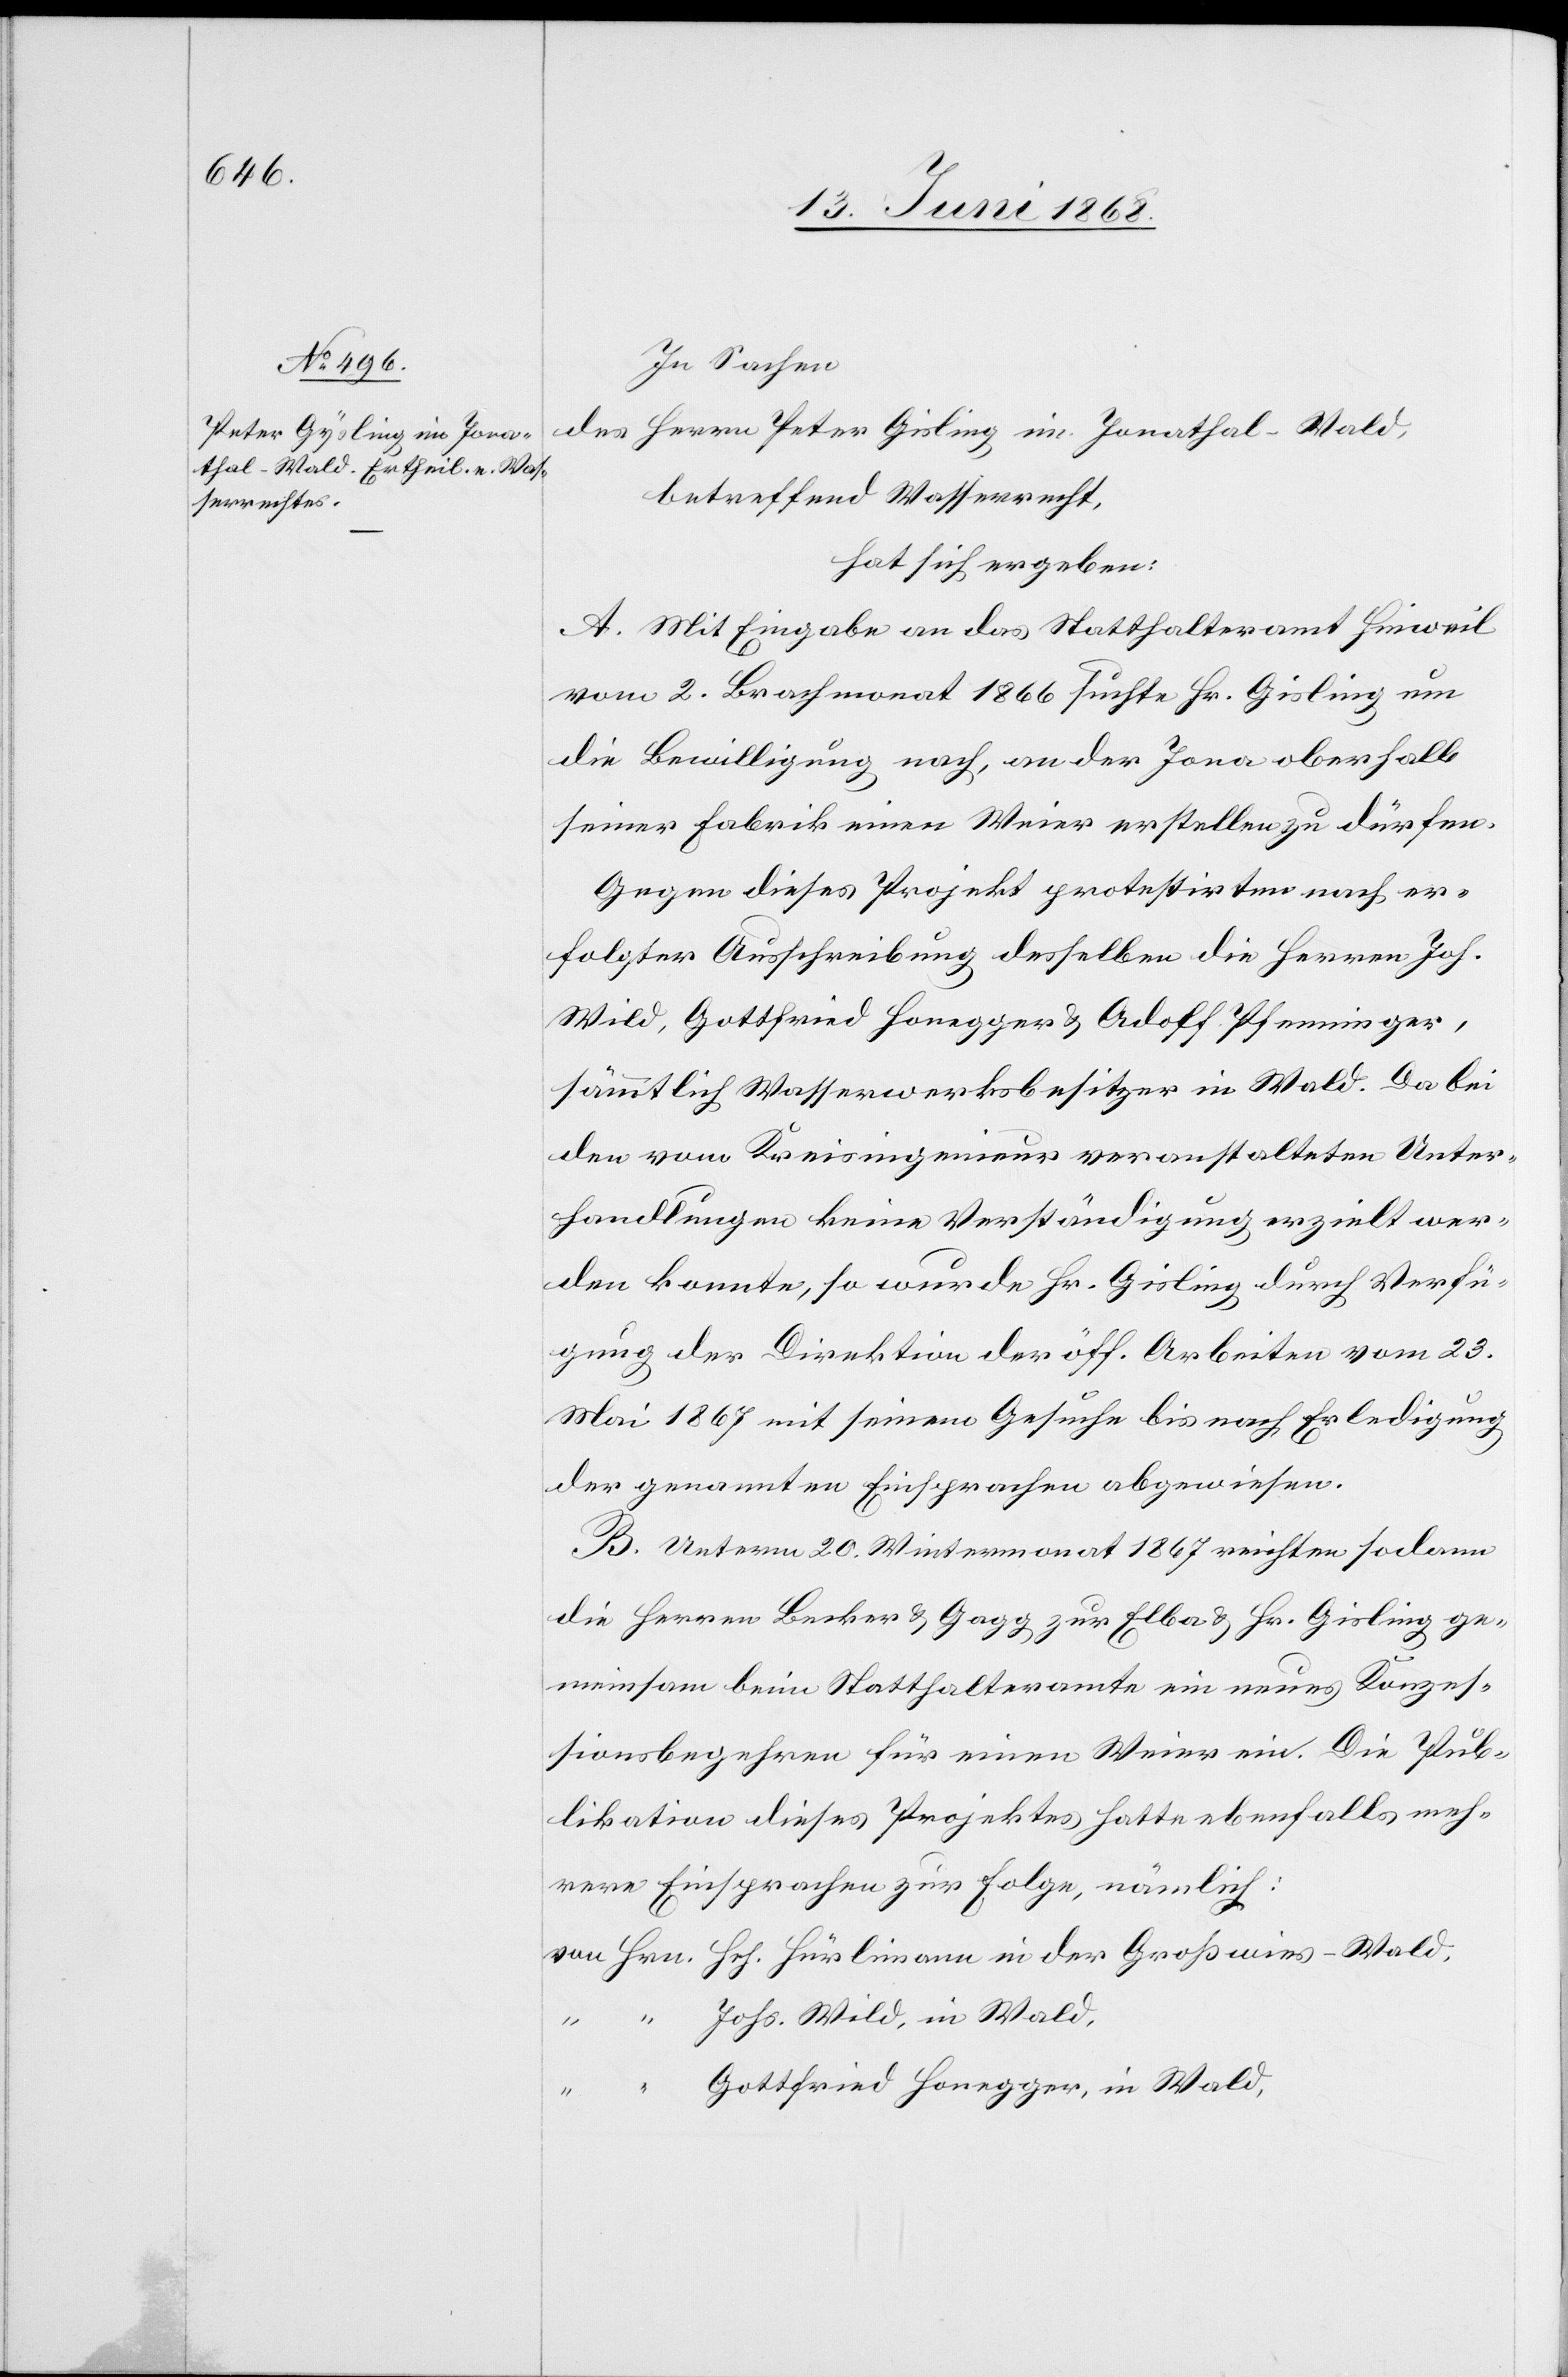
In Sachen
des Herrn Peter Gisling [sic!] im Jonathal-Wald,
betreffend Wasserrecht,
hat sich ergeben:
A. Mit Eingabe an das Statthalteramt Hinweil
vom 2. Brachmonat 1866 suchte Hr. Gisling um
die Bewilligung nach, an der Jona oberhalb
seiner Fabrik einen Weier erstellen zu dürfen.
Gegen dieses Projekt protestirten nach er¬
folgter Ausschreibung desselben die Herren Joh.
Wild, Gottfried Honegger & Adolf Pfenninger,
sämmtlich Wasserwerksbesitzer in Wald. Da bei
den vom Kreisingenieur veranstalteten Unter¬
handlungen keine Verständigung erzielt wer¬
den konnte, so wurde Hr. Gisling durch Verfü¬
gung der Direktion der öff. Arbeiten vom 23.
Mai 1867 mit seinem Gesuche bis nach Erledigung
der genannten Einsprachen abgewiesen.
B. Unterm 20. Wintermonat 1867 reichten sodann
die Herren Becker & Gagg zur Elba & Hr. Gisling ge¬
meinsam beim Statthalteramte ein neues Konzes¬
sionsbegehren für einen Weier ein. Die Pub¬
likation dieses Projektes hatte ebenfalls meh¬
rere Einsprachen zur Folge, nämlich:
von Hrn. Hch. Hürlimann in der Großwies-Wald,
“ “ Johs. Wild, in Wald,
Gottfried Honegger, in Wald,